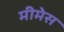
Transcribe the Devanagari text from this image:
मीमेस